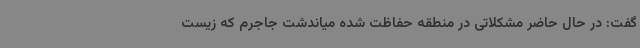
گفت: در حال حاضر مشکلاتی در منطقه حفاظت شده میاندشت جاجرم که زیست